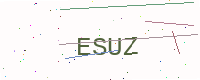
Text: ESUZ